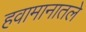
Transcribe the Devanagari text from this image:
हवामानातले